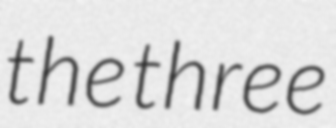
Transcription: the three